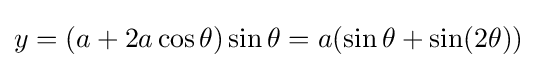
y=(a+2a\cos \theta )\sin \theta =a(\sin \theta +\sin(2\theta ))